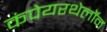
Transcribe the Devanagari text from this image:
कंपेयरथेलॉन